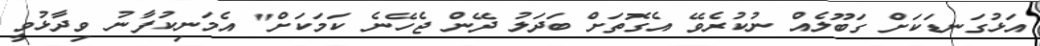
އަޅުގަނޑަކަށް ގަބޫލެއް ނުކުރެވޭ އެގޮތަށް ބަދަލު ދޭން ޖެހޭނެ ކަމަކަށް" އެމަނިކުފާނު ވިދާޅުވީ